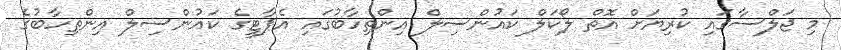
މި ޖަލްސާގައި ކުރިޔަށް އޮތް ލޯކަލް ކައުންސިލް އިންތިހާބުގައި އެޕާޓީގެ ކައުންސިލް އިންތިހާބުގެ